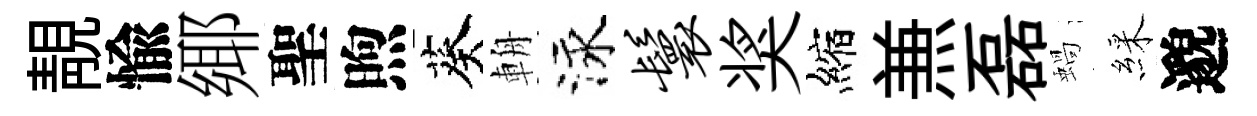
靚愉鄊聖煦葵輈泳鬟奖縮𠔥磊蝸綵邈